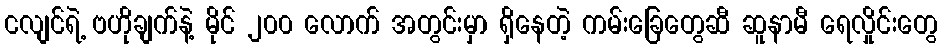
ငလျင်ရဲ့ ဗဟိုချက်နဲ့ မိုင် ၂၀၀ လောက် အတွင်းမှာ ရှိနေတဲ့ ကမ်းခြေတွေဆီ ဆူနာမီ ရေလှိုင်းတွေ